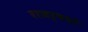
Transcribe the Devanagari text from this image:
राजर्षयो